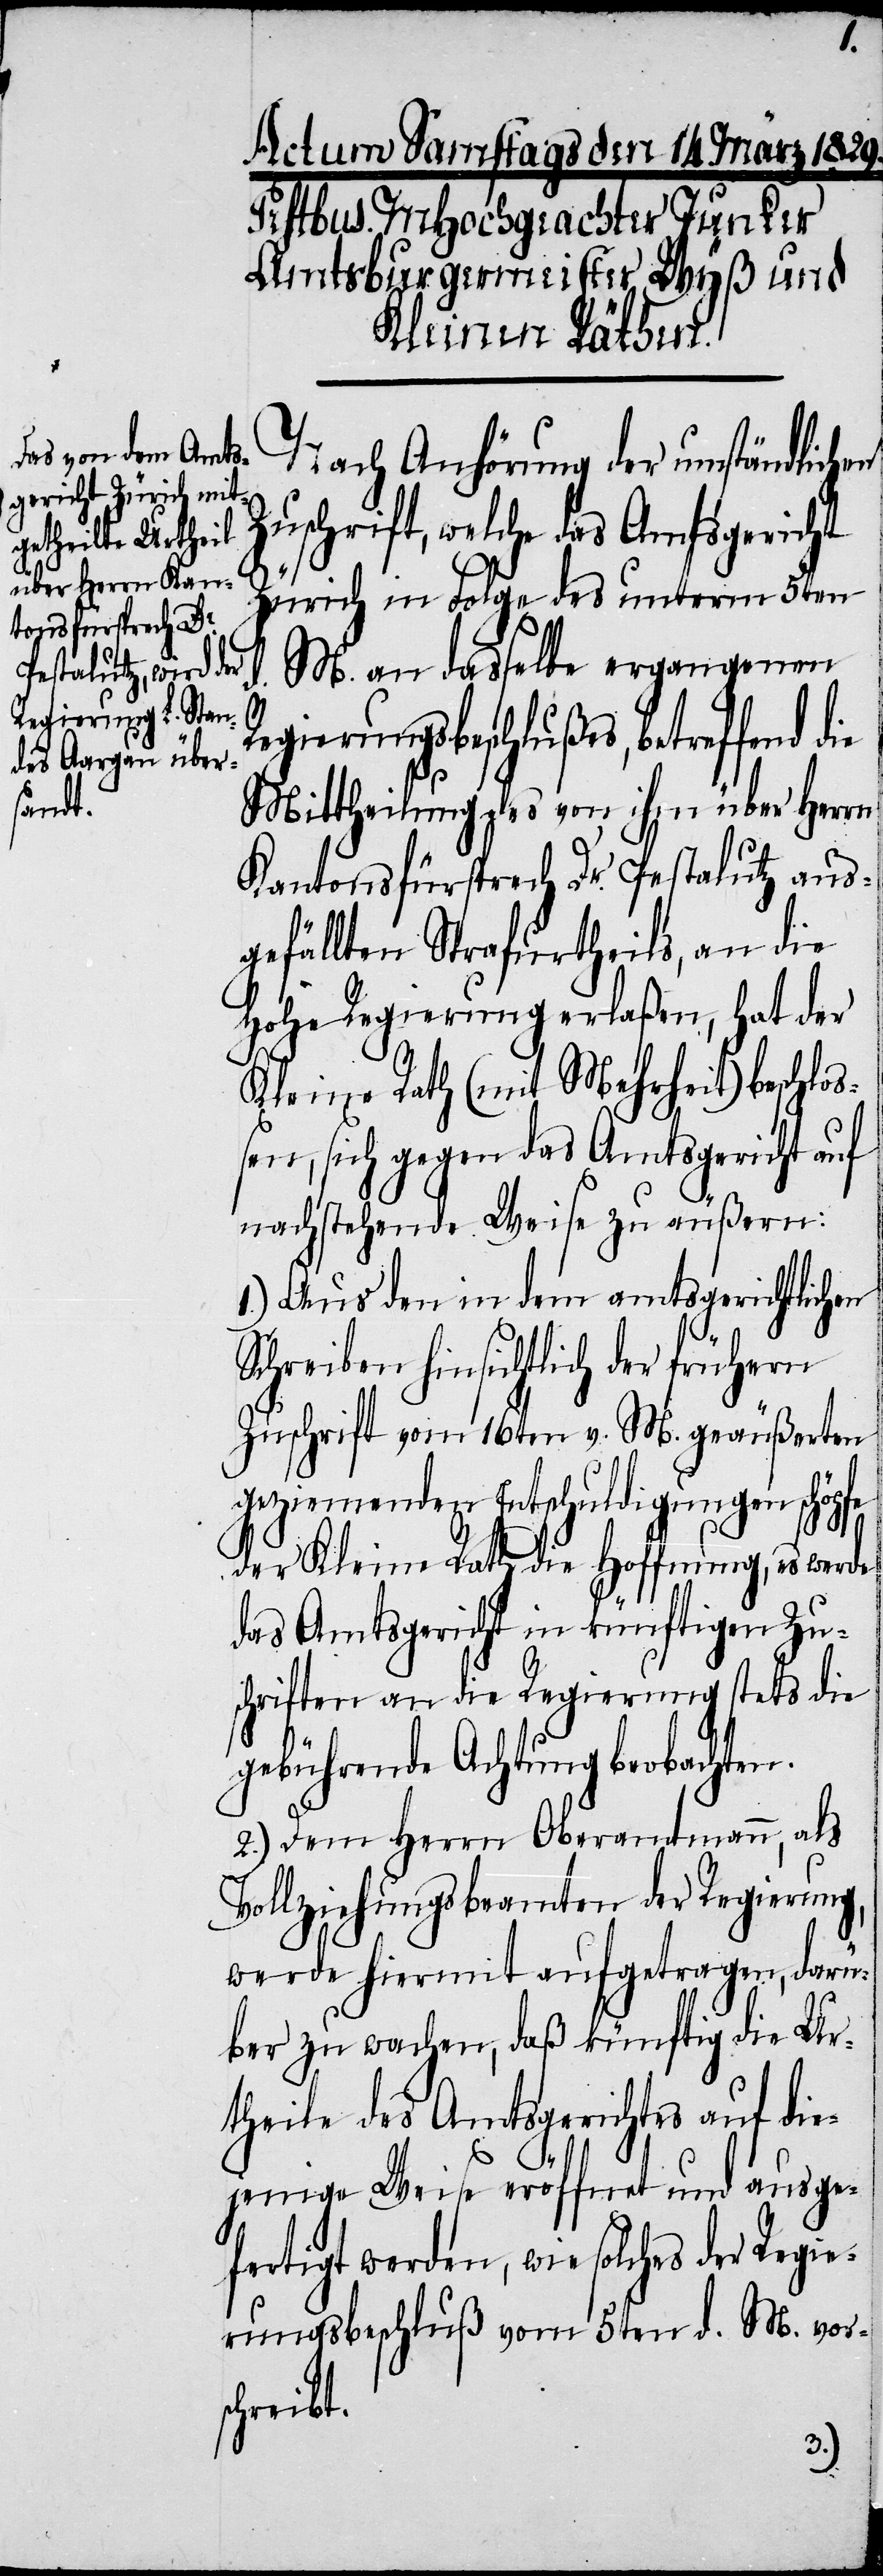
Nach Anhörung der umständlichen
Zuschrift, welche das Amtsgericht
Zürich in Folge des unterm 5ten
d. M. an dasselbe ergangenen
Regierungsbeschlußes, betreffend
Mittheilung des von ihm über Herrn
Kantonsfürsprech Dr. Pestalutz aus¬
gefällten Strafurtheils, an die
Hohe Regierung erlaßen, hat der
Kleine Rath (mit Mehrheit) beschloß¬
en, sich gegen das Amtsgericht auf
nachstehende Weise zu äußern:
1.) Aus dem in dem amtsgerichtlichen
Schreiben hinsichtlich der frühern
Zuschrift vom 16ten v. M. geäußerten
geziemenden Entschuldigungen schöpfe
der Kleine Rath die Hoffnung, es werde
das Amtsgericht in künftigen Zu¬
schriften an die Regierung stets die
gebührende Achtung beobachten.
2.) Dem Herrn Oberamtmann, als
Vollziehungsbeamten der Regierung,
werde hiermit aufgetragen, darü¬
ber zu wachen, daß künftig die Ur¬
theile des Amtsgerichtes auf die¬
jenige Weise eröffnet und ausge¬
fertigt werden, wie solches der Regie¬
rungsbeschluß vom 5ten d. M. vor¬
schreibt.